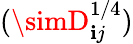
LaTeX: (\simD_{\mathbf{i}j}^{1/4})